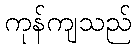
ကုန်ကျသည်